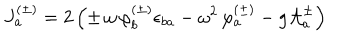
J _ { a } ^ { ( \pm ) } = 2 \left( \pm \, \omega \, \varphi _ { b } ^ { ( \pm ) } \epsilon _ { b a } - \omega ^ { 2 } \, \varphi _ { a } ^ { ( \pm ) } - g { \cal A } _ { a } ^ { \pm } \right)